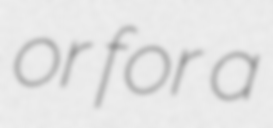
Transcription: or for a